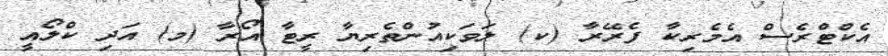
އެކްޓްރެސް އެމެރިކާ ފެރޭރާ (ކ) ލަވަކިއުންތެރިޔާ ރީޓާ އޯރާ (މ) އަދި ކްލޯއީ